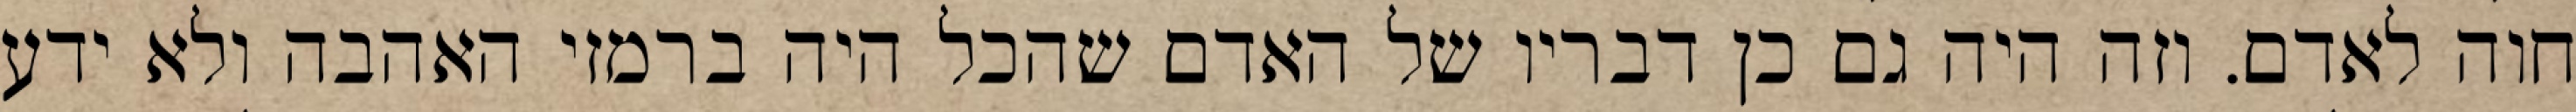
חוה לאדם. וזה היה גם כן דבריו של האדם שהכל היה ברמזי האהבה ולא ידע